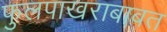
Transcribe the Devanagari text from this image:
फुलपाखराबाबत